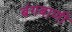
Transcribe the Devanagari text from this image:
बंगबाणी